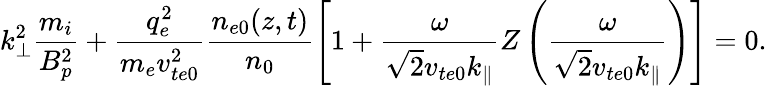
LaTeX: k_{\perp}^{2}\frac{m_{i}}{B_{p}^{2}}+\frac{q_{e}^{2}}{m_{e}v_{te0}^{2}}\frac{n_{e0}(z,t)}{n_{0}}\left[1+\frac{\omega}{\sqrt{2}v_{te0}k_{\parallel}}Z\left(\frac{\omega}{\sqrt{2}v_{te0}k_{\parallel}}\right)\right]=0.